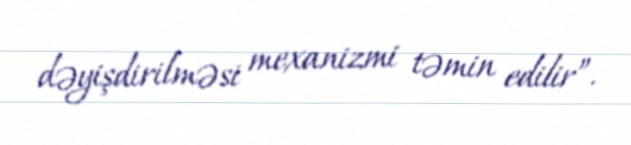
dəyişdirilməsi mexanizmi təmin edilir”.